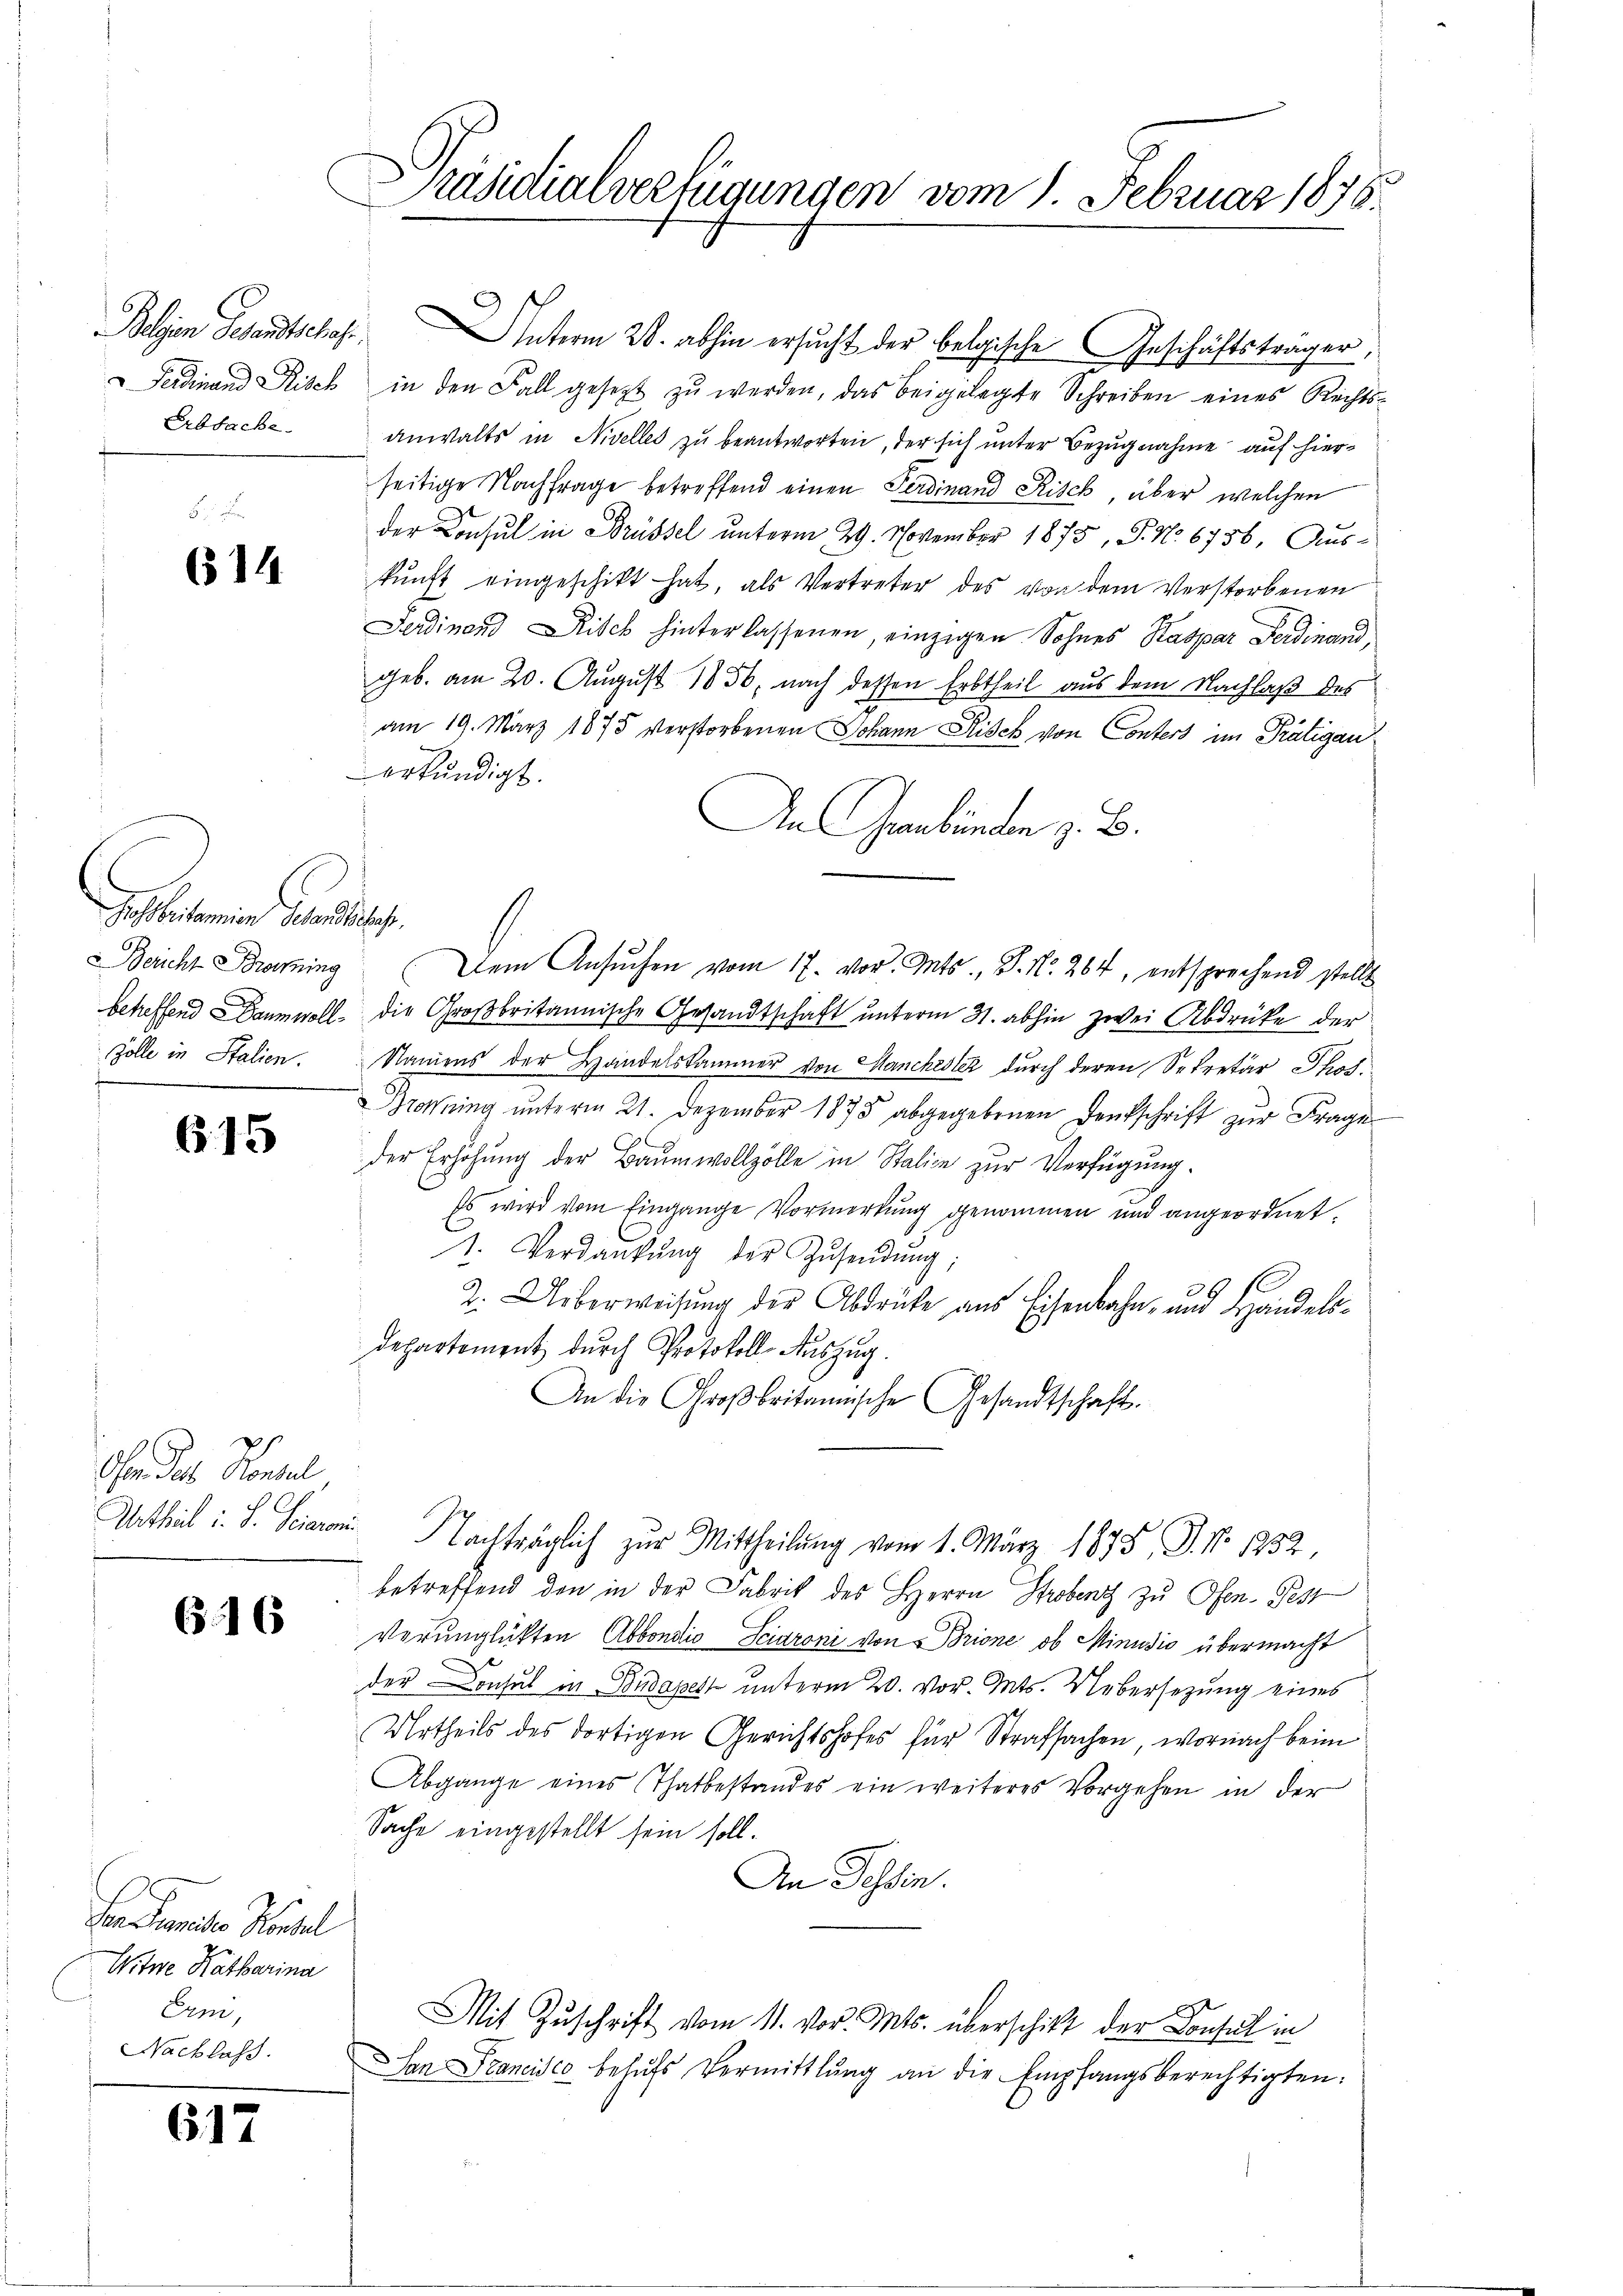
Ferdinand Risch
Erbsache.

614

Gasseritamien Gesandtschaft,
Bericht Brenning
betreffend Baumwoll
Zolle in Italien.

615

Or das Kontel
Urtheil i. S. Seitere

616

Er unter Hörstel
Witwe Katharina
Erni,
Nachlass.

617

Präsidialverfügungen vom 1. Februar 1878.

Belgien Gesandtschaft Unterm 28. abhin ersucht der belgische Geschäftsträger,
in den Fall gesetzt zu werden, das beigelegte Schreiben eines Rechtsanwalts in Nivelles zu beantworten, der sich unter Bezugnahme auf hierseitige Nachfrage betreffend einen Ferdinand Risch, über welchen
der Consul in Brüssel unterm 29. November 1875, S. No. 6756, Aus-
kunft eingeschikt hat, als Vertreter des von dem Verstorbenen
Ferdinand Risch hinterlassenen, einzigen Sohnes Kaspar Ferdinand
geb. am 20. August 1856, nach dessen Erbtheil aus dem Nachlaß des
am 19. März 1875 verstorbenen Johann Risch von Conters im Prätigan
erkundigt.
An Gebunden z. B.
Dem Ansŭchen vom 17. vor. Mts., S. Nr. 264, entsprechend stellt
die Großbritannische Gesandtschaft unterm 31. abhin zwei Abdrüke der
Namens der Handelskammer von Manchestez durch deren Sekretär Phos¬
Mohning unterm 21. Dezember 1875 abgegebenen Denkschrift zur Frage
der Erhöhung der Baumwollzölle in Stalien zur Verfügung.
Es wird vom Eingange Vormerkung genommen und angeordnet.
1. Verdankŭng der Zŭsendŭng;
2. Ueberweisung der Abdrücke aus Eisenbahn- und Handelsdepartement durch Protokoll Auszug.
An die Großbritanische Gesandtschaft.
" Nachträglich zur Mittheilung vom 1. März 1875, P. Nr. 1252
betreffend den in der Fabrik des Herrn Stroben zu Ofen- Ps
Verunglükten Abbondio Sciaroni von Brione, ob Minusio übermacht
der Consul in Budapest unterm 20. vor. Mts. Uebersezung eines
Urtheils des dortigen Gerichtshofes für Strafsachen, wornach beim
Abgange eines Thatbestandes ein weiteres Vorgehen in der
Sache eingestellt sein soll.
An Tessin.
Mit Zuschrift vom 11. vor. Mts. überschikt der Konsul in
San Francisco behŭfs Vermittlung an die Empfangsberechtigten: